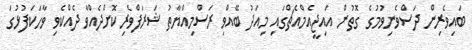
ބައިވެރިން ދަސްވެނިވުމުގެ ގޮތުން އައިޖީއެމްއެޗްގައި މިއަދު ބޭއްވި ރަސްމިއްޔާތު ޝަރަފްވެރިކޮށްދެއްވާ ދެއްކެވި ވާހަކަފުޅުގަ